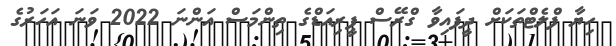
ހިޔާ ފްލެޓްތަކަށް ދީފައިވާ ގްރޭސް ޕީރިއަޑްގެ ތިންމަސް އަންނަ 2022 ވަނަ އަހަރުގެ